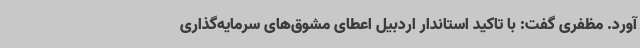
آورد. مظفری گفت: با تاکید استاندار اردبیل اعطای مشوق‌های سرمایه‌گذاری